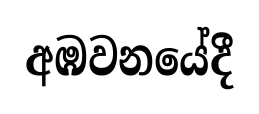
අඹවනයේදී